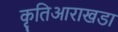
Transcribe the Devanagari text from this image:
कृतिआराखडा